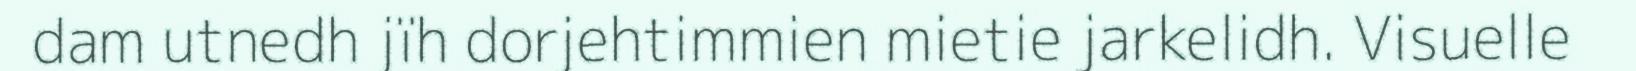
dam utnedh jïh dorjehtimmien mietie jarkelidh. Visuelle